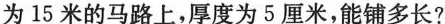
为15米的马路上，厚度为5厘米，能铺多长?